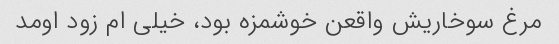
مرغ سوخاریش واقعن خوشمزه بود، خیلی ام زود اومد